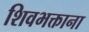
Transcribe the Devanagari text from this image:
शिवभक्ताना